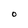
Character: 0